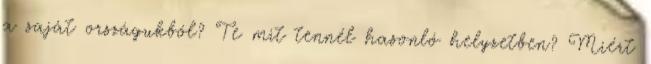
a saját országukból? Te mit tennél hasonló helyzetben? Miért